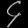
Digit: ၄